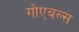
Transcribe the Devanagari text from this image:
गोएबल्स